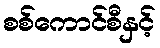
စစ်ကောင်စီနှင့်